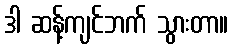
ဒါ ဆန့်ကျင်ဘက် သွားတာ။